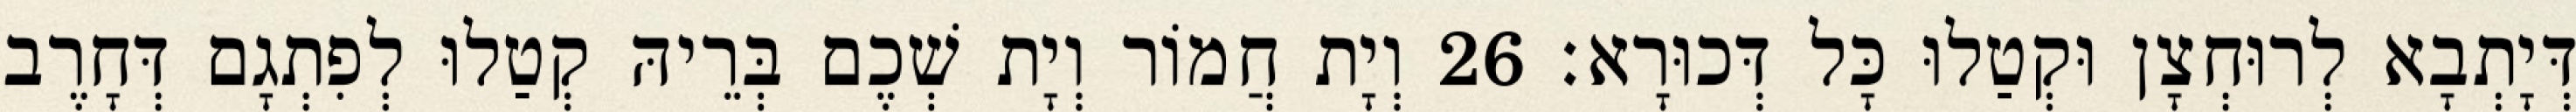
דְּיָתְבָא לְרוּחְצָן וּקְטַלוּ כָּל דְּכוּרָא׃ 26 וְיָת חֲמוֹר וְיָת שְׁכֶם בְּרֵיהּ קְטַלוּ לְפִתְגָם דְּחָרֶב